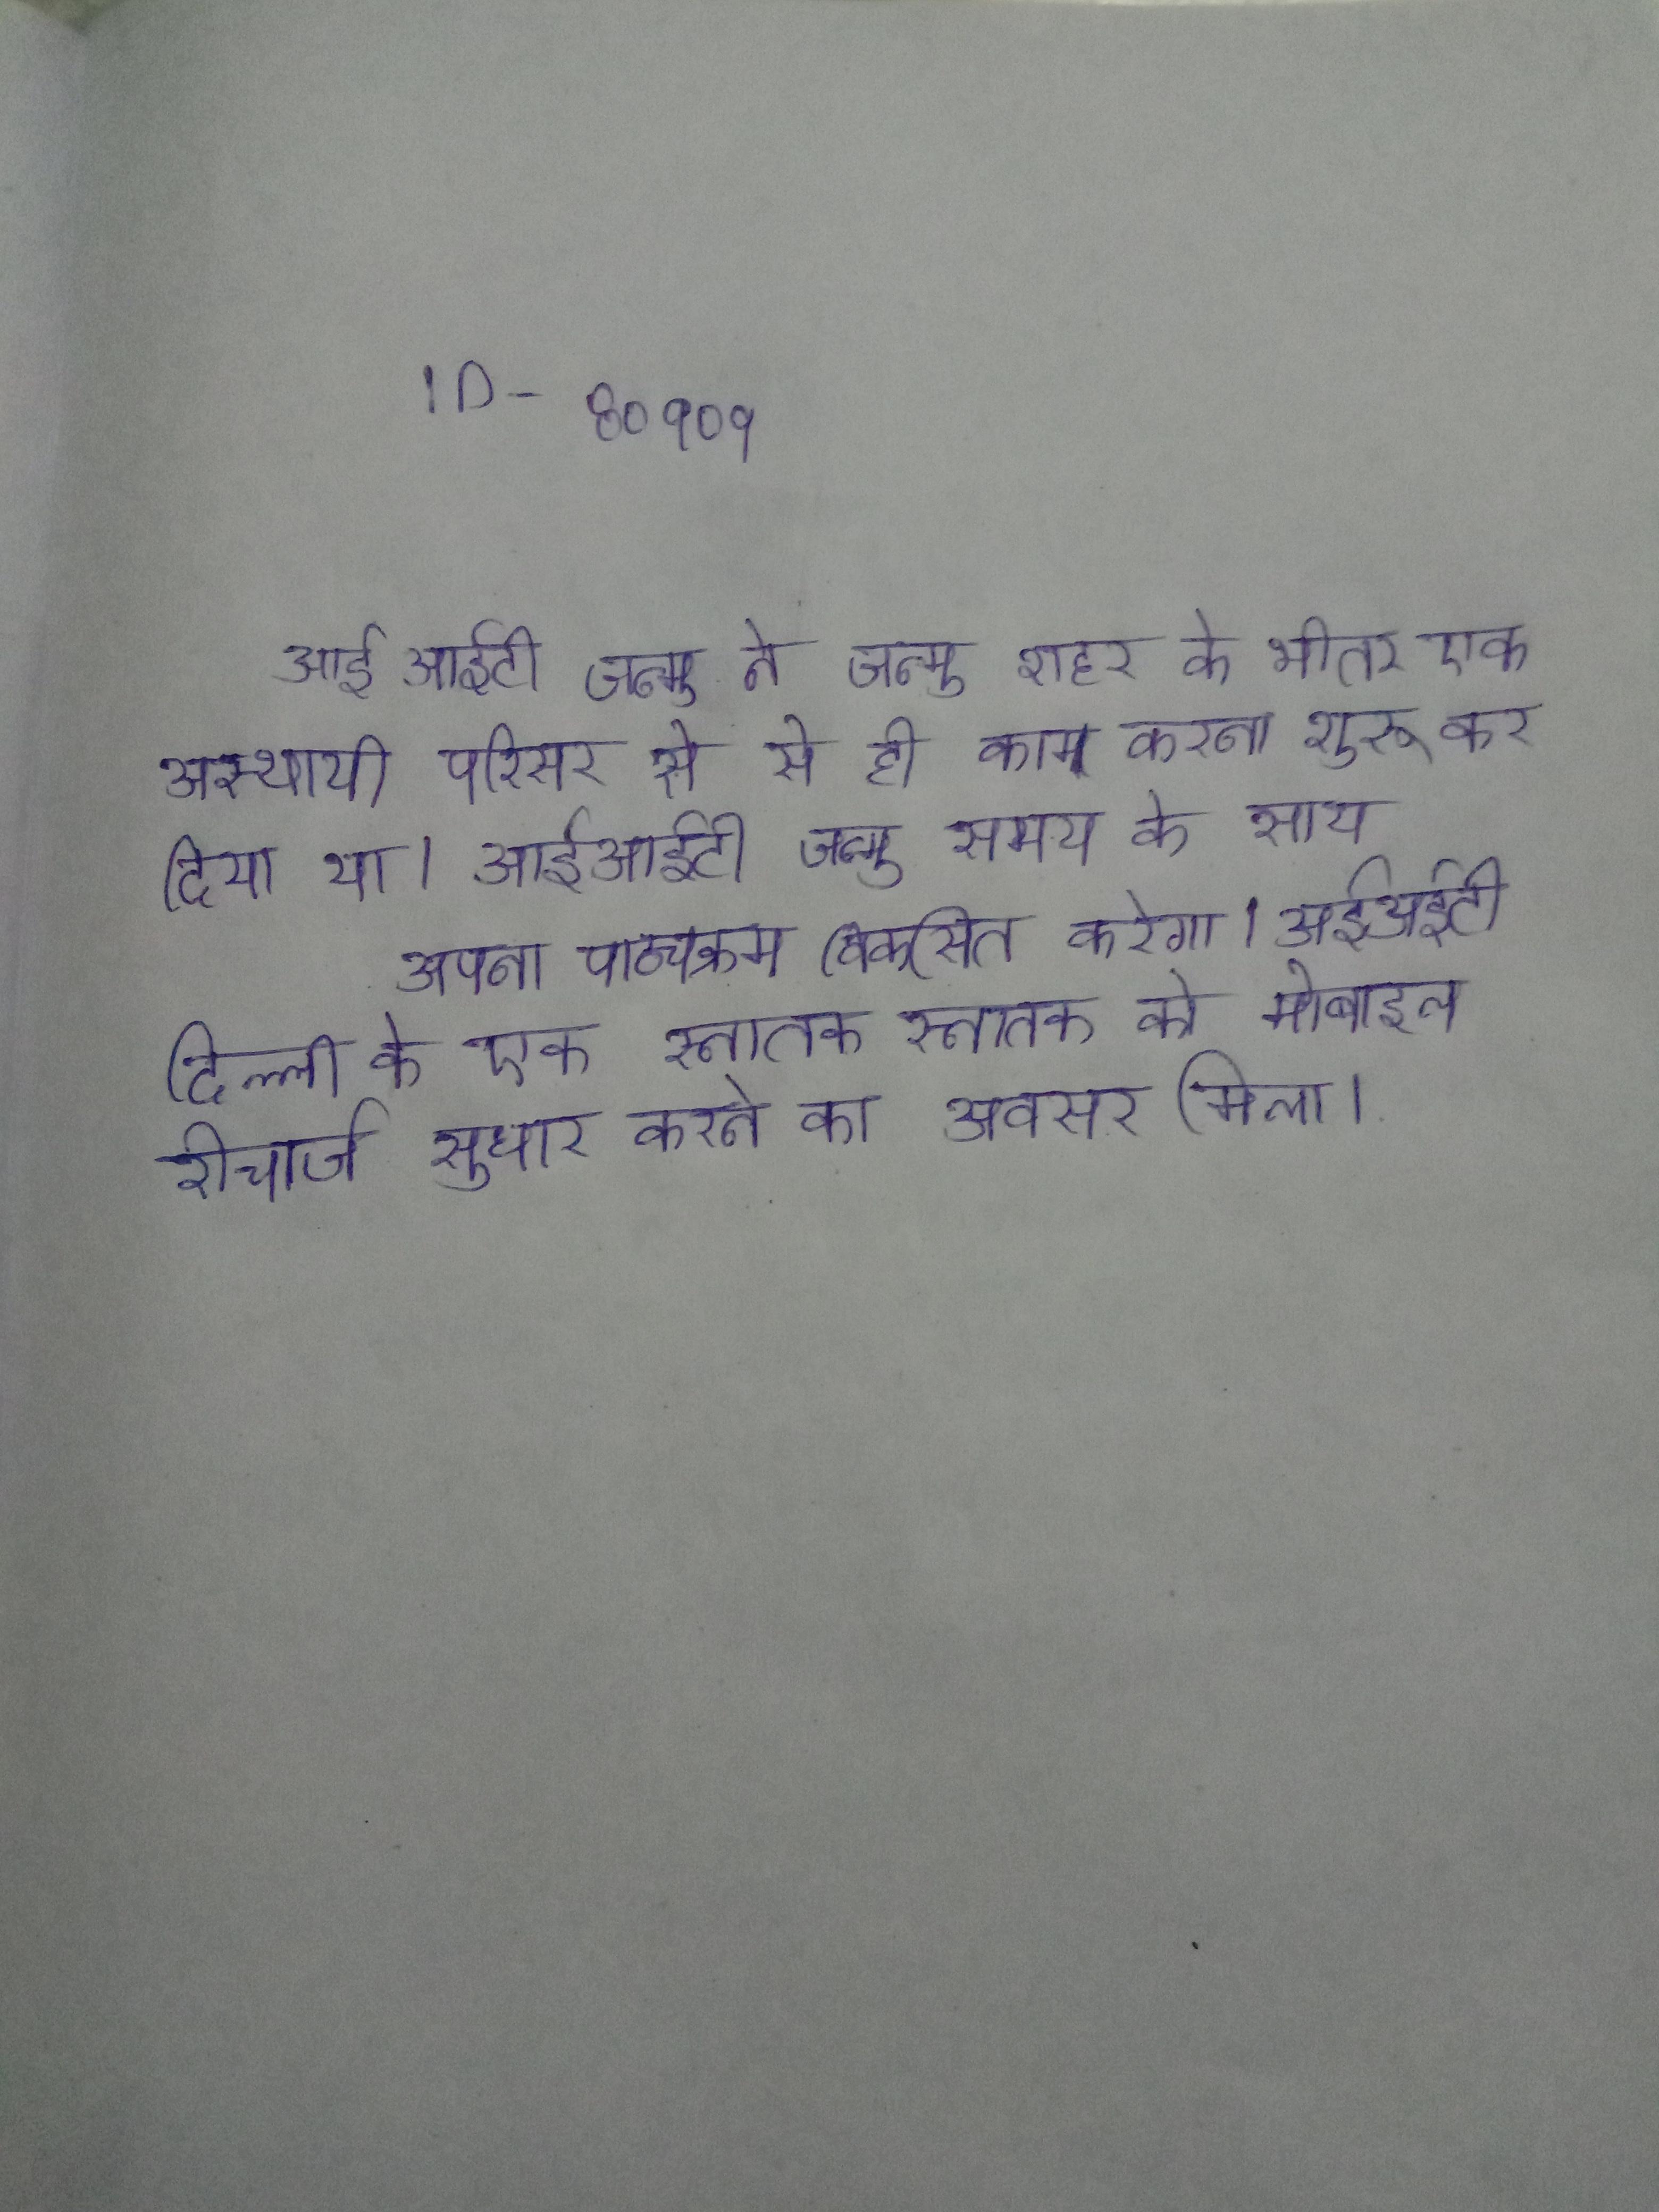
आईआईटी जम्मू ने जम्मू शहर के भीतर एक अस्थायी परिसर से से ही काम करना शुरू कर दिया था । आईआईटी जम्मू समय के साथ अपना पाठ्यक्रम विकसित करेगा । आईआईटी दिल्ली के एक स्नातक स्नातक को मोबाइल रिचार्ज सुधार करने का अवसर मिला ।